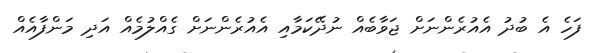
ފަހެ އެ ބުދު އެއުރެންނަށް ޖަވާބެއް ނުދޭކަމާއި އެއުރެންނަށް ގެއްލުމެއް އަދި މަންފާއެއް